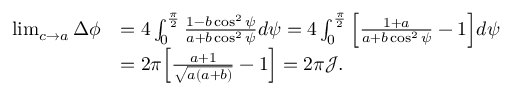
\begin{array} { r l } { \operatorname* { l i m } _ { c \rightarrow a } \Delta \phi } & { = 4 \int _ { 0 } ^ { \frac { \pi } { 2 } } \frac { 1 - b \cos ^ { 2 } \psi } { a + b \cos ^ { 2 } \psi } d \psi = 4 \int _ { 0 } ^ { \frac { \pi } { 2 } } \Big [ \frac { 1 + a } { a + b \cos ^ { 2 } \psi } - 1 \Big ] d \psi } \\ & { = 2 \pi \Big [ \frac { a + 1 } { \sqrt { a ( a + b ) } } - 1 \Big ] = 2 \pi \mathcal { J } . } \end{array}